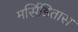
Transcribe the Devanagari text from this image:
मर्सिडितास